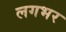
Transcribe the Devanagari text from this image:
लगभर